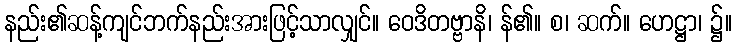
နည်း၏ဆန့်ကျင်ဘက်နည်းအားဖြင့်သာလျှင်။ ဝေဒိတဗ္ဗာနိ၊ န်၏။ စ၊ ဆက်။ ဟေဋ္ဌာ၊ ၌။